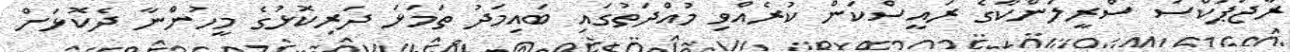
ރާޖަޕަކްސަ ސްރީލަންކާގެ ރައީސްކަން ކުރެއްވި މުއްދަތުގައި ބައިމަދު ތަމަޅަ ދަރިކޮޅުގެ މީހުންނާ ދެކޮޅަށް